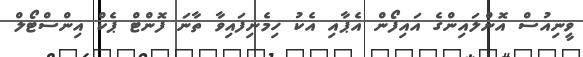
ވީނިއުސް އޮންލައިންގެ އައިފޯން އެޕާއި އެކު ހިމެނިފައިވާ ތާނަ ފޮންޓް ޕެކް އިންސްޓޯލް